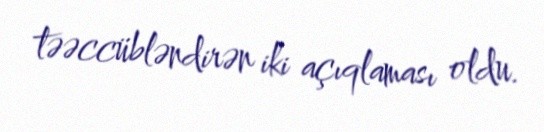
təəccübləndirən iki açıqlaması oldu.